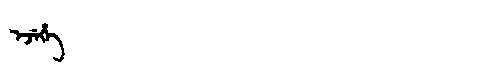
Manchu: ᡝᠵᡝᡥᡝ
Romanization: EJEHE